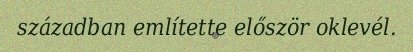
században említette először oklevél.